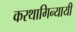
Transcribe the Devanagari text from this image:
करथागिन्यायी